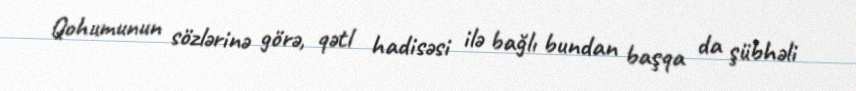
Qohumunun sözlərinə görə, qətl hadisəsi ilə bağlı bundan başqa da şübhəli